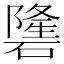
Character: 䃧